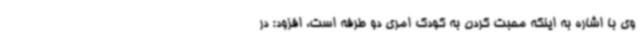
وی با اشاره به اینکه محبت کردن به کودک امری دو طرفه است، افزود: در